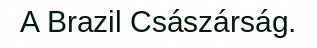
A Brazil Császárság.